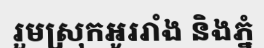
រួមស្រុកអូររាំង និងភ្នំ